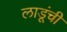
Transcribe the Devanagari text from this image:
लाडूंची